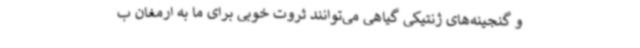
و گنجینه‌های ژنتیکی گیاهی می‌توانند ثروت خوبی برای ما به ارمغان ب